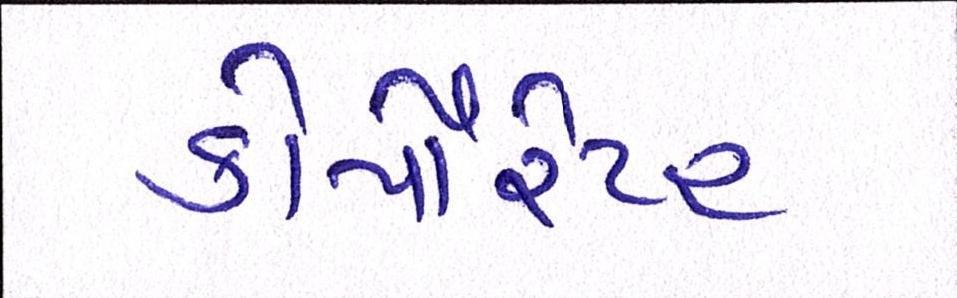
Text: કોર્પોરેટર